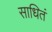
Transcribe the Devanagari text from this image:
साधितं